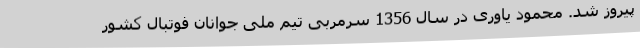
پیروز شد. محمود یاوری در سال 1356 سرمربی تیم ملی جوانان فوتبال کشور